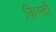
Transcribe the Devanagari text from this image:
किस्‍ती